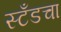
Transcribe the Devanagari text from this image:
स्टँडचा